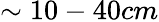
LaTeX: \sim 10-40cm